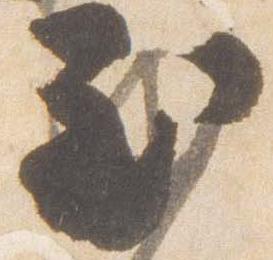
至